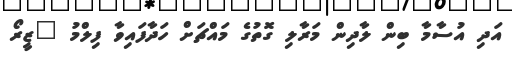
އަދި އުސާމާ ބިން ލާދިން މަރާލި ގޮތުގެ މައްޗަށް ހަދާފައިވާ ފިލްމު "ޒީރޯ